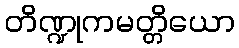
တိဏ္ဍုကမတ္တိယော